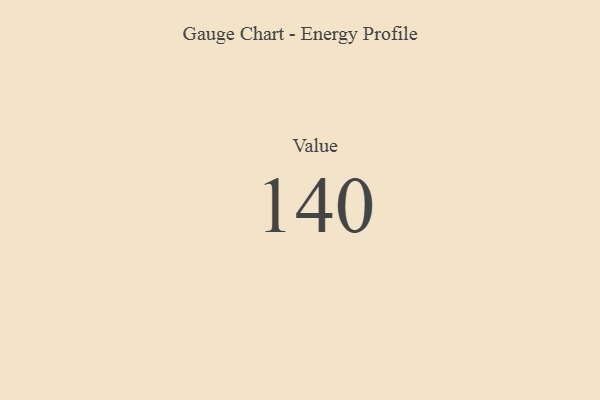
{"axis": {"x": "Metric", "y": "Value"}, "legend": [""], "data": [{"x": "Value", "y": 140, "type": ""}]}